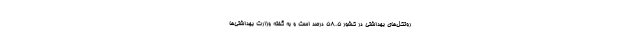
روتکل‌های بهداشتی در کشور ۵۸.۵ درصد است و به گفته وزارت بهداشتی‌ها